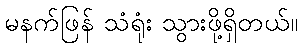
မနက်ဖြန် သံရုံး သွားဖို့ရှိတယ်။